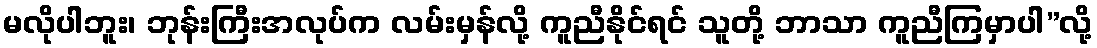
မလိုပါဘူး၊ ဘုန်းကြီးအလုပ်က လမ်းမှန်လို့ ကူညီနိုင်ရင် သူတို့ ဘာသာ ကူညီကြမှာပါ”လို့